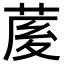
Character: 𦲘